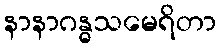
နာနာဂန္ဓသမေရိတာ